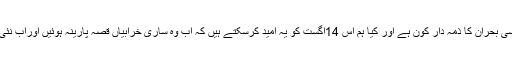
اصل خرابی کیا ہے پاکستان کے معاشی اور سیاسی بحران کا ذمہ دار کون ہے اور کیا ہم اس 14اگست کو یہ امید کرسکتے ہیں کہ اب وہ ساری خرابیاں قصہ پارینہ ہوئیں اوراب نئی اور پر یقین امیدوں کے ستارے جگمگائیں گے ۔